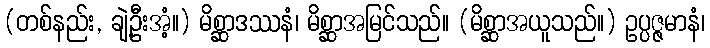
(တစ်နည်း, ချဲ့ဦးအံ့။) မိစ္ဆာဒဿနံ၊ မိစ္ဆာအမြင်သည်။ (မိစ္ဆာအယူသည်။) ဥပ္ပဇ္ဇမာနံ၊